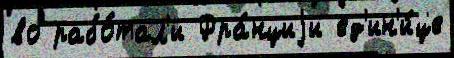
во рабо́тал'и Фра́нциjи ед'ин'и́це